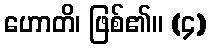
ဟောတိ၊ ဖြစ်၏။ (၄)